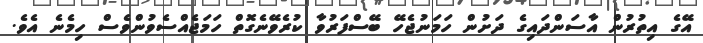
އޭގެ އިތުރުން އާސަންދައިގެ ދަށުން ހަމަނުޖެހޭ ބޭސްފަރުވާ ކުރެވޭނެގޮތް ހަމަޖެއްސެވުންވެސް ހިމެނެ އެވެ.